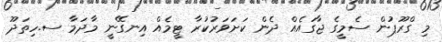
މި ގްރޫޕުން ސެމީގެ ޖާގައެއް ދެން ކަށަވަރުކުރާ ޓީމެއް އިނގޭނީ މާދަމާ ސ.ހިތަދޫ